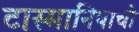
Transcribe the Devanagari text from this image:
टास्मानियाची